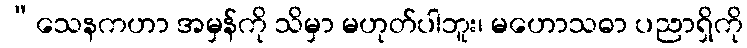
“သေနကဟာ အမှန်ကို သိမှာ မဟုတ်ပါဘူး၊ မဟောသဓာ ပညာရှိကို